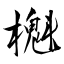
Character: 櫆